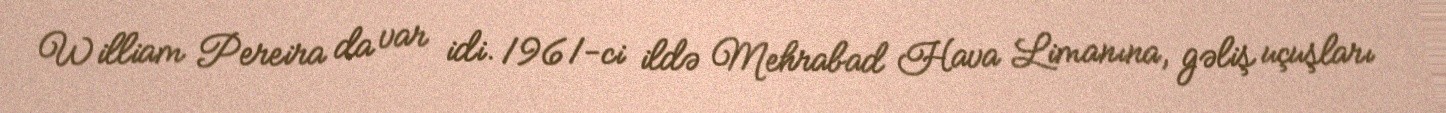
William Pereira da var idi. 1961-ci ildə Mehrabad Hava Limanına, gəliş uçuşları